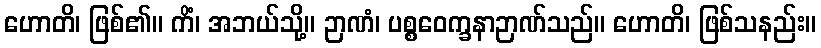
ဟောတိ၊ ဖြစ်၏။ ကိံ၊ အဘယ်သို့။ ဉာဏံ၊ ပစ္စဝေက္ခနာဉာဏ်သည်။ ဟောတိ၊ ဖြစ်သနည်း။